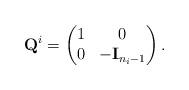
LaTeX: \begin{align*}\mathbf{Q}^i = \begin{pmatrix}1 & 0 \\0 & -\mathbf{I}_{n_i-1}\\\end{pmatrix}.\end{align*}